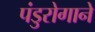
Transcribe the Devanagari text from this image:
पंडुरोगाने